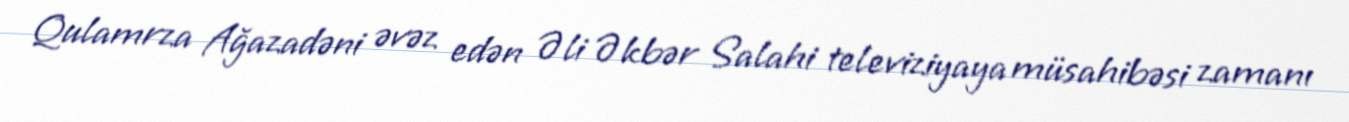
Qulamrza Ağazadəni əvəz edən Əli Əkbər Salahi televiziyaya müsahibəsi zamanı